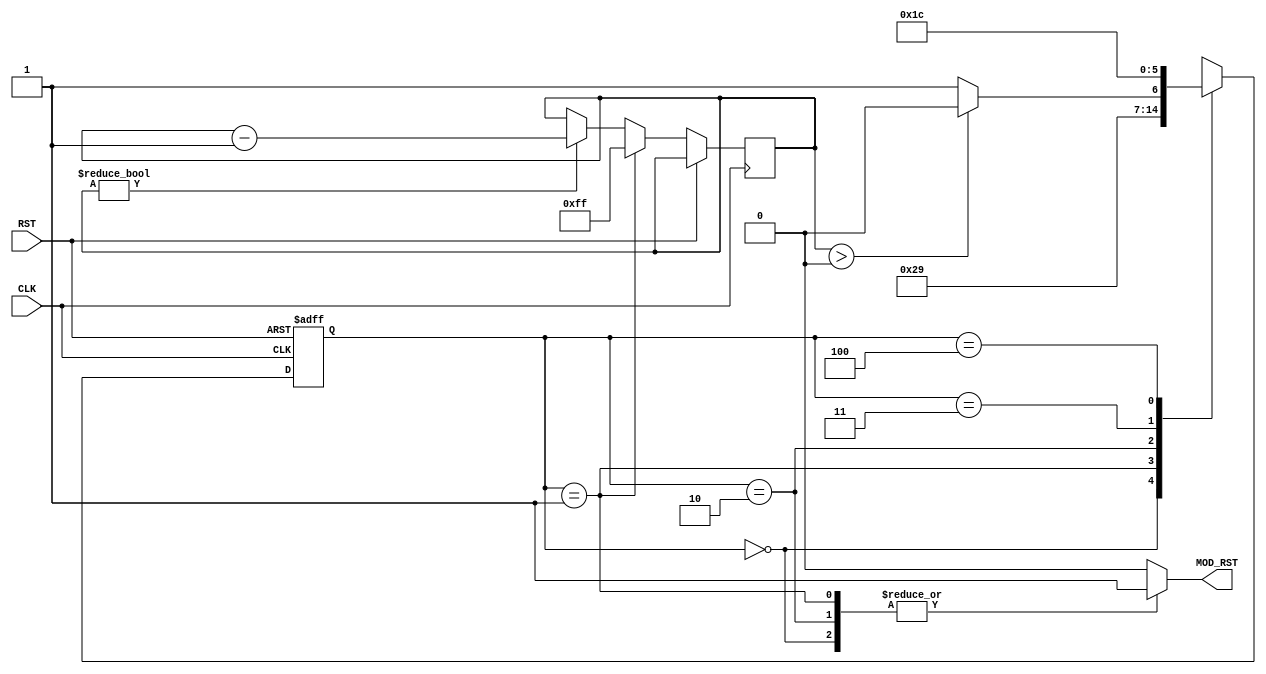
module uart_rst_fsm( MOD_RST, RST, CLK);
output reg MOD_RST;
input RST, CLK;

parameter [2:0] //synopsys enum code
						IDLE = 3'd0,
				        S1 = 3'd1,
						  S2 = 3'd2,
						STOP = 3'd3,
					  ERROR = 3'd4;
						  
// synopsys state_vector state					  
reg [2:0] // synopsys enum code
				state, next;
				
reg [7:0] mod_cnt;



always @(posedge CLK or posedge RST) begin
	if( RST ) state <= IDLE;
	else begin 
		state <= next;
		if ( state == S1 ) mod_cnt <= 255;
		else if( mod_cnt ) 	mod_cnt <= mod_cnt - 1;
		//if( state == S2 ) mod_cnt <= 255;
	end
end



always @* begin
	next = 3'bx;
	MOD_RST = 0;
	
	case( state ) 
		IDLE: begin /**********************/
							next = S1;
			MOD_RST = 1;
		end
	
		S1: begin /**********************/
							next = S2;
			MOD_RST = 1;
			//mod_cnt = 255;
		end
		
		S2: begin /**********************/
			if( mod_cnt > 3'd0 ) next = S2;
			else 			next = STOP;
			MOD_RST = 1;
		end
		
		STOP: begin /**********************/
							next = STOP;
		end
		
		ERROR: begin
							next = ERROR;
		end		
	endcase
end

endmodule